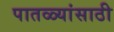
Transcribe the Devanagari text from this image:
पातळ्यांसाठी